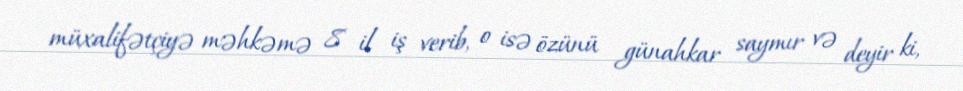
müxalifətçiyə məhkəmə 8 il iş verib, o isə özünü günahkar saymır və deyir ki,